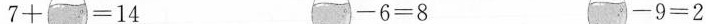
$$7 + = 1 4$$ $$- 8 = 7$$ $$1 5 - = 9$$